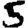
Digit: 5